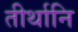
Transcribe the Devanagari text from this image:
तीर्थानि